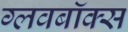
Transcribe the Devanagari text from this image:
ग्लवबॉक्स